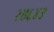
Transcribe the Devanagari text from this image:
२७६४९